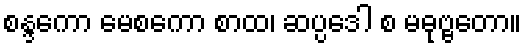
စန္ဒကော မေစကော စာထ၊ ဆပ္ပဒေါ စ မဓုဗ္ဗတော။